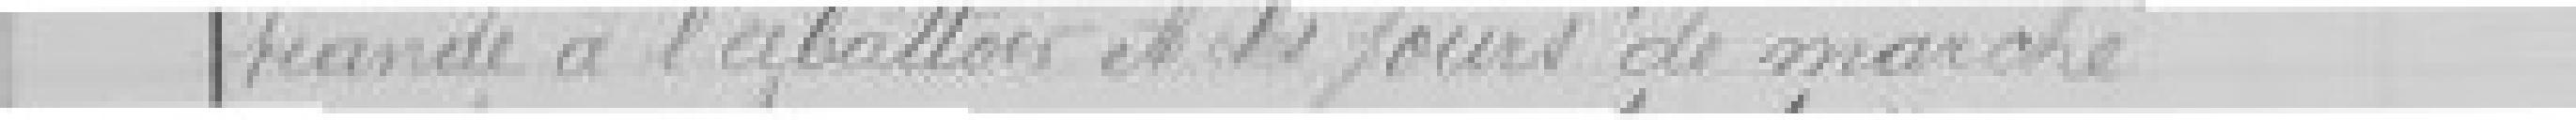
viande à l'abattoir et les jours de marché